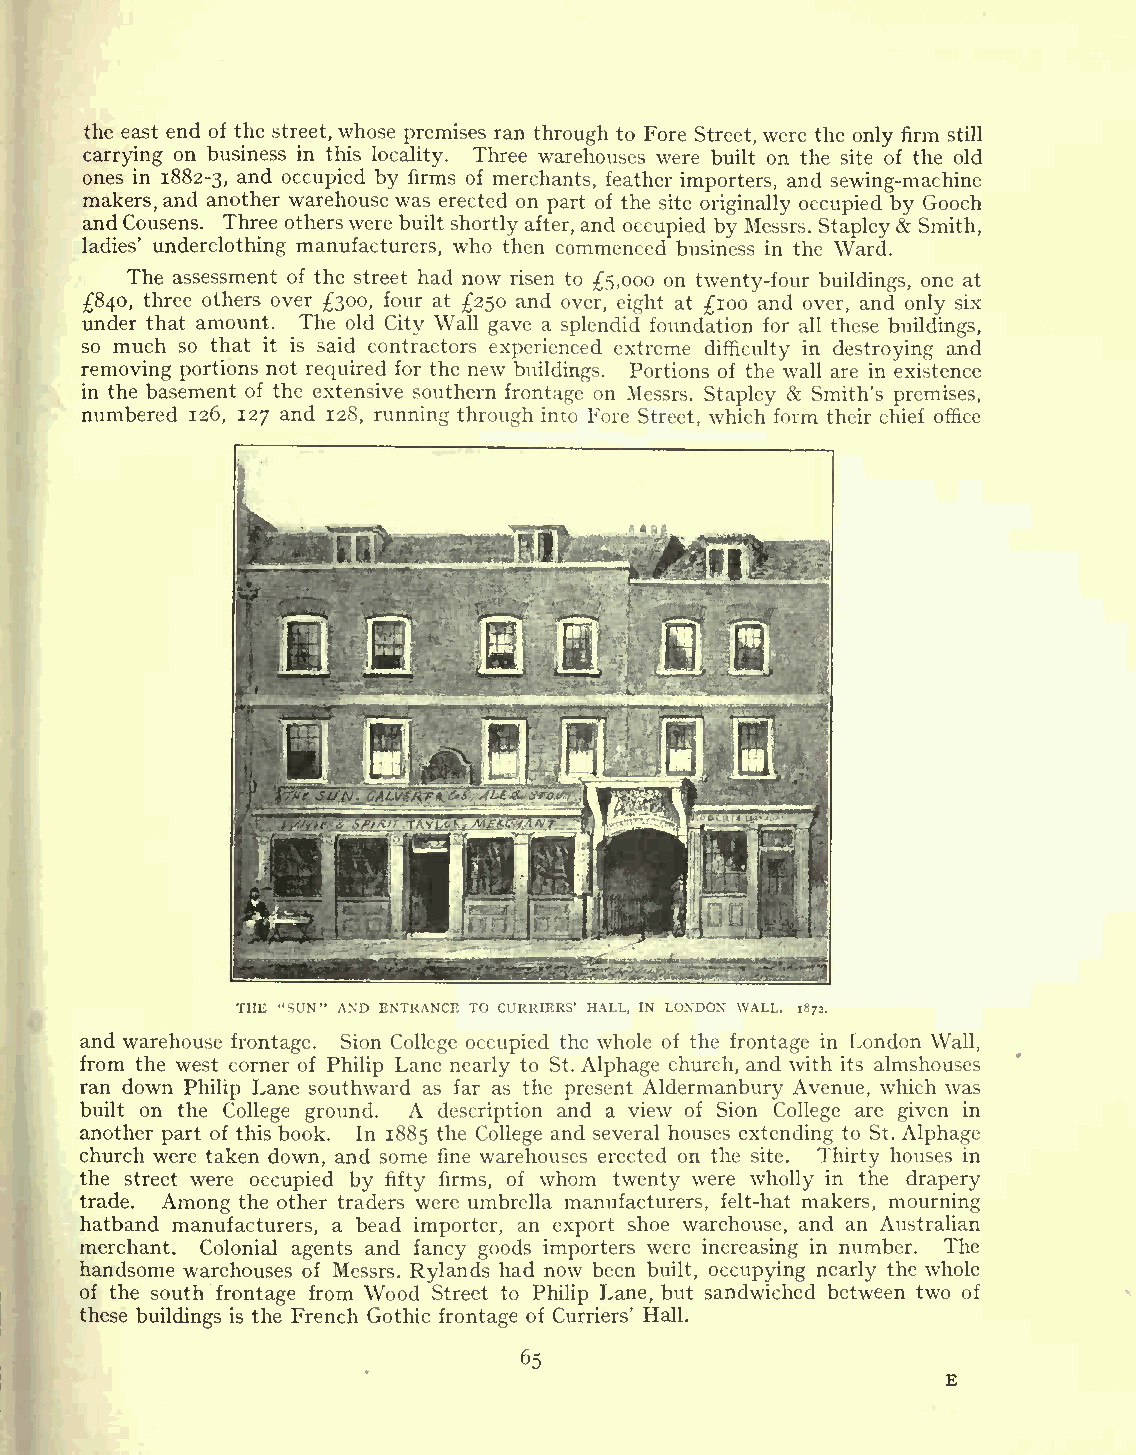
the east end of the street, whose premises ran through to Fore Street, were the only firm still
 carrying on business in this locality. Three warehouses were built on the site of the old
 ones in 1882-3, and occupied by firms of merchants, feather importers, and sewing-machine
 makers, and another warehouse was erected on part of the site originally occupied by Gooch
 andCousens. Three otherswere built shortly after, and occupied by Messrs. Stapley& Smith,
 ladies' underclothing manufacturers, who then commenced business in the Ward.
 The assessment of the street had now risen to 5,000 on twenty-four buildings, one at
 840, three others over 300, four at 250 and over, eight at 100 and over, and only six
 under that amount. The old City Wall gave a splendid foundation for all these buildings,
 so much so that it is said contractors experienced extreme difficulty in destroying and
 removing portions not required for the new buildings. Portions of the wall are in existence
 in the basement of the extensive southern frontage on Messrs. Stapley & Smith's premises,
 numbered 126, 127 and 128, running through into Fore Street, which form their chief office
 THE "SUN" AND ENTRANCE TO CURRIERS' HALL, IN LONDON WALL. 1872.
 and warehouse frontage. Sion College occupied the whole of the frontage in London Wall,
 from the west corner of Philip Lane nearly to St. Alphage church, and with its almshouses
 ran down Philip Lane southward as far as the present Aldermanbury Avenue, which was
 built on the College ground. A description and a view of Sion College are given in
 another part of this book. In 1885 the College and several houses extending to St. Alphage
 church were taken down, and some fine warehouses erected on the site. Thirty houses in
 the street were occupied by fifty firms, of whom twenty were wholly in the drapery
 trade. Among the other traders were umbrella manufacturers, felt-hat makers, mourning
 hatband manufacturers, a bead importer, an export shoe warehouse, and an Australian
 merchant. Colonial agents and fancy goods importers were increasing in number. The
 handsome warehouses of Messrs. Rylands had now been built, occupying nearly the whole
 of the south frontage from Wood Street to Philip Lane, but sandwiched between two of
 these buildings is the French Gothic frontage of Curriers' Hall.
 65